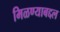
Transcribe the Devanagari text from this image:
मिळण्याबद्दल